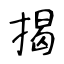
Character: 揭